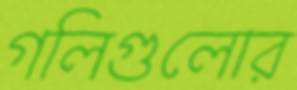
গলিগুলোর